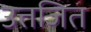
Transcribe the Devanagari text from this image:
उत्तजित